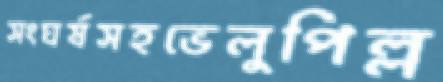
সংঘর্ষসহভেলুপিল্ল